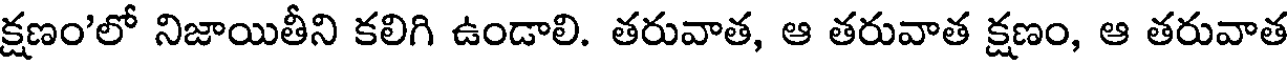
క్షణం'లో నిజాయితీని కలిగి ఉండాలి. తరువాత, ఆ తరువాత క్షణం, ఆ తరువాత